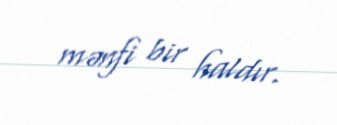
mənfi bir haldır.